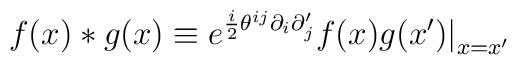
f(x) * g(x) \equiv e^{\frac{i}{2}\theta^{ij}\partial_i \partial'_j} f(x)g(x')\big|_{x=x'}